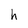
Character: h